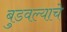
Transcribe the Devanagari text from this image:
बुडवल्याचे